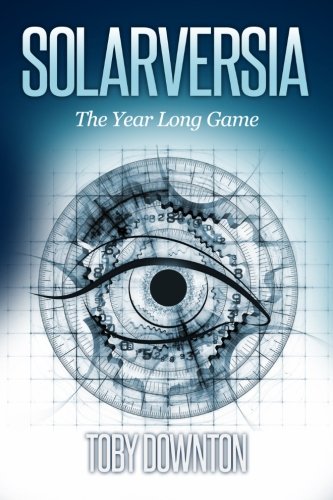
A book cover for Solarversia: The Year Long Game; Mr Toby Downton; Science Fiction & Fantasy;